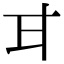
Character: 𭺫